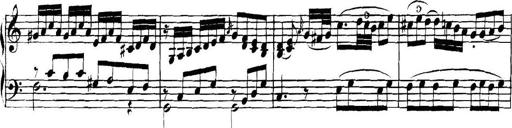
Title: Collected Piano Sonatas
Composer: Muzio Clementi